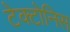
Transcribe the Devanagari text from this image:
टेक्टोनिस